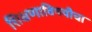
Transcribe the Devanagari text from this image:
शिक्षणाविषयीचा